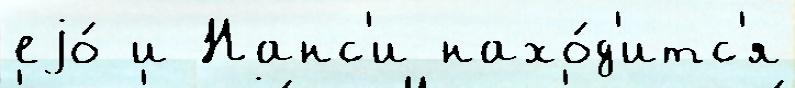
еjо́ и Нанс'и нахо́д'итс'я